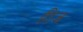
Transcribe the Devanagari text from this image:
हीज